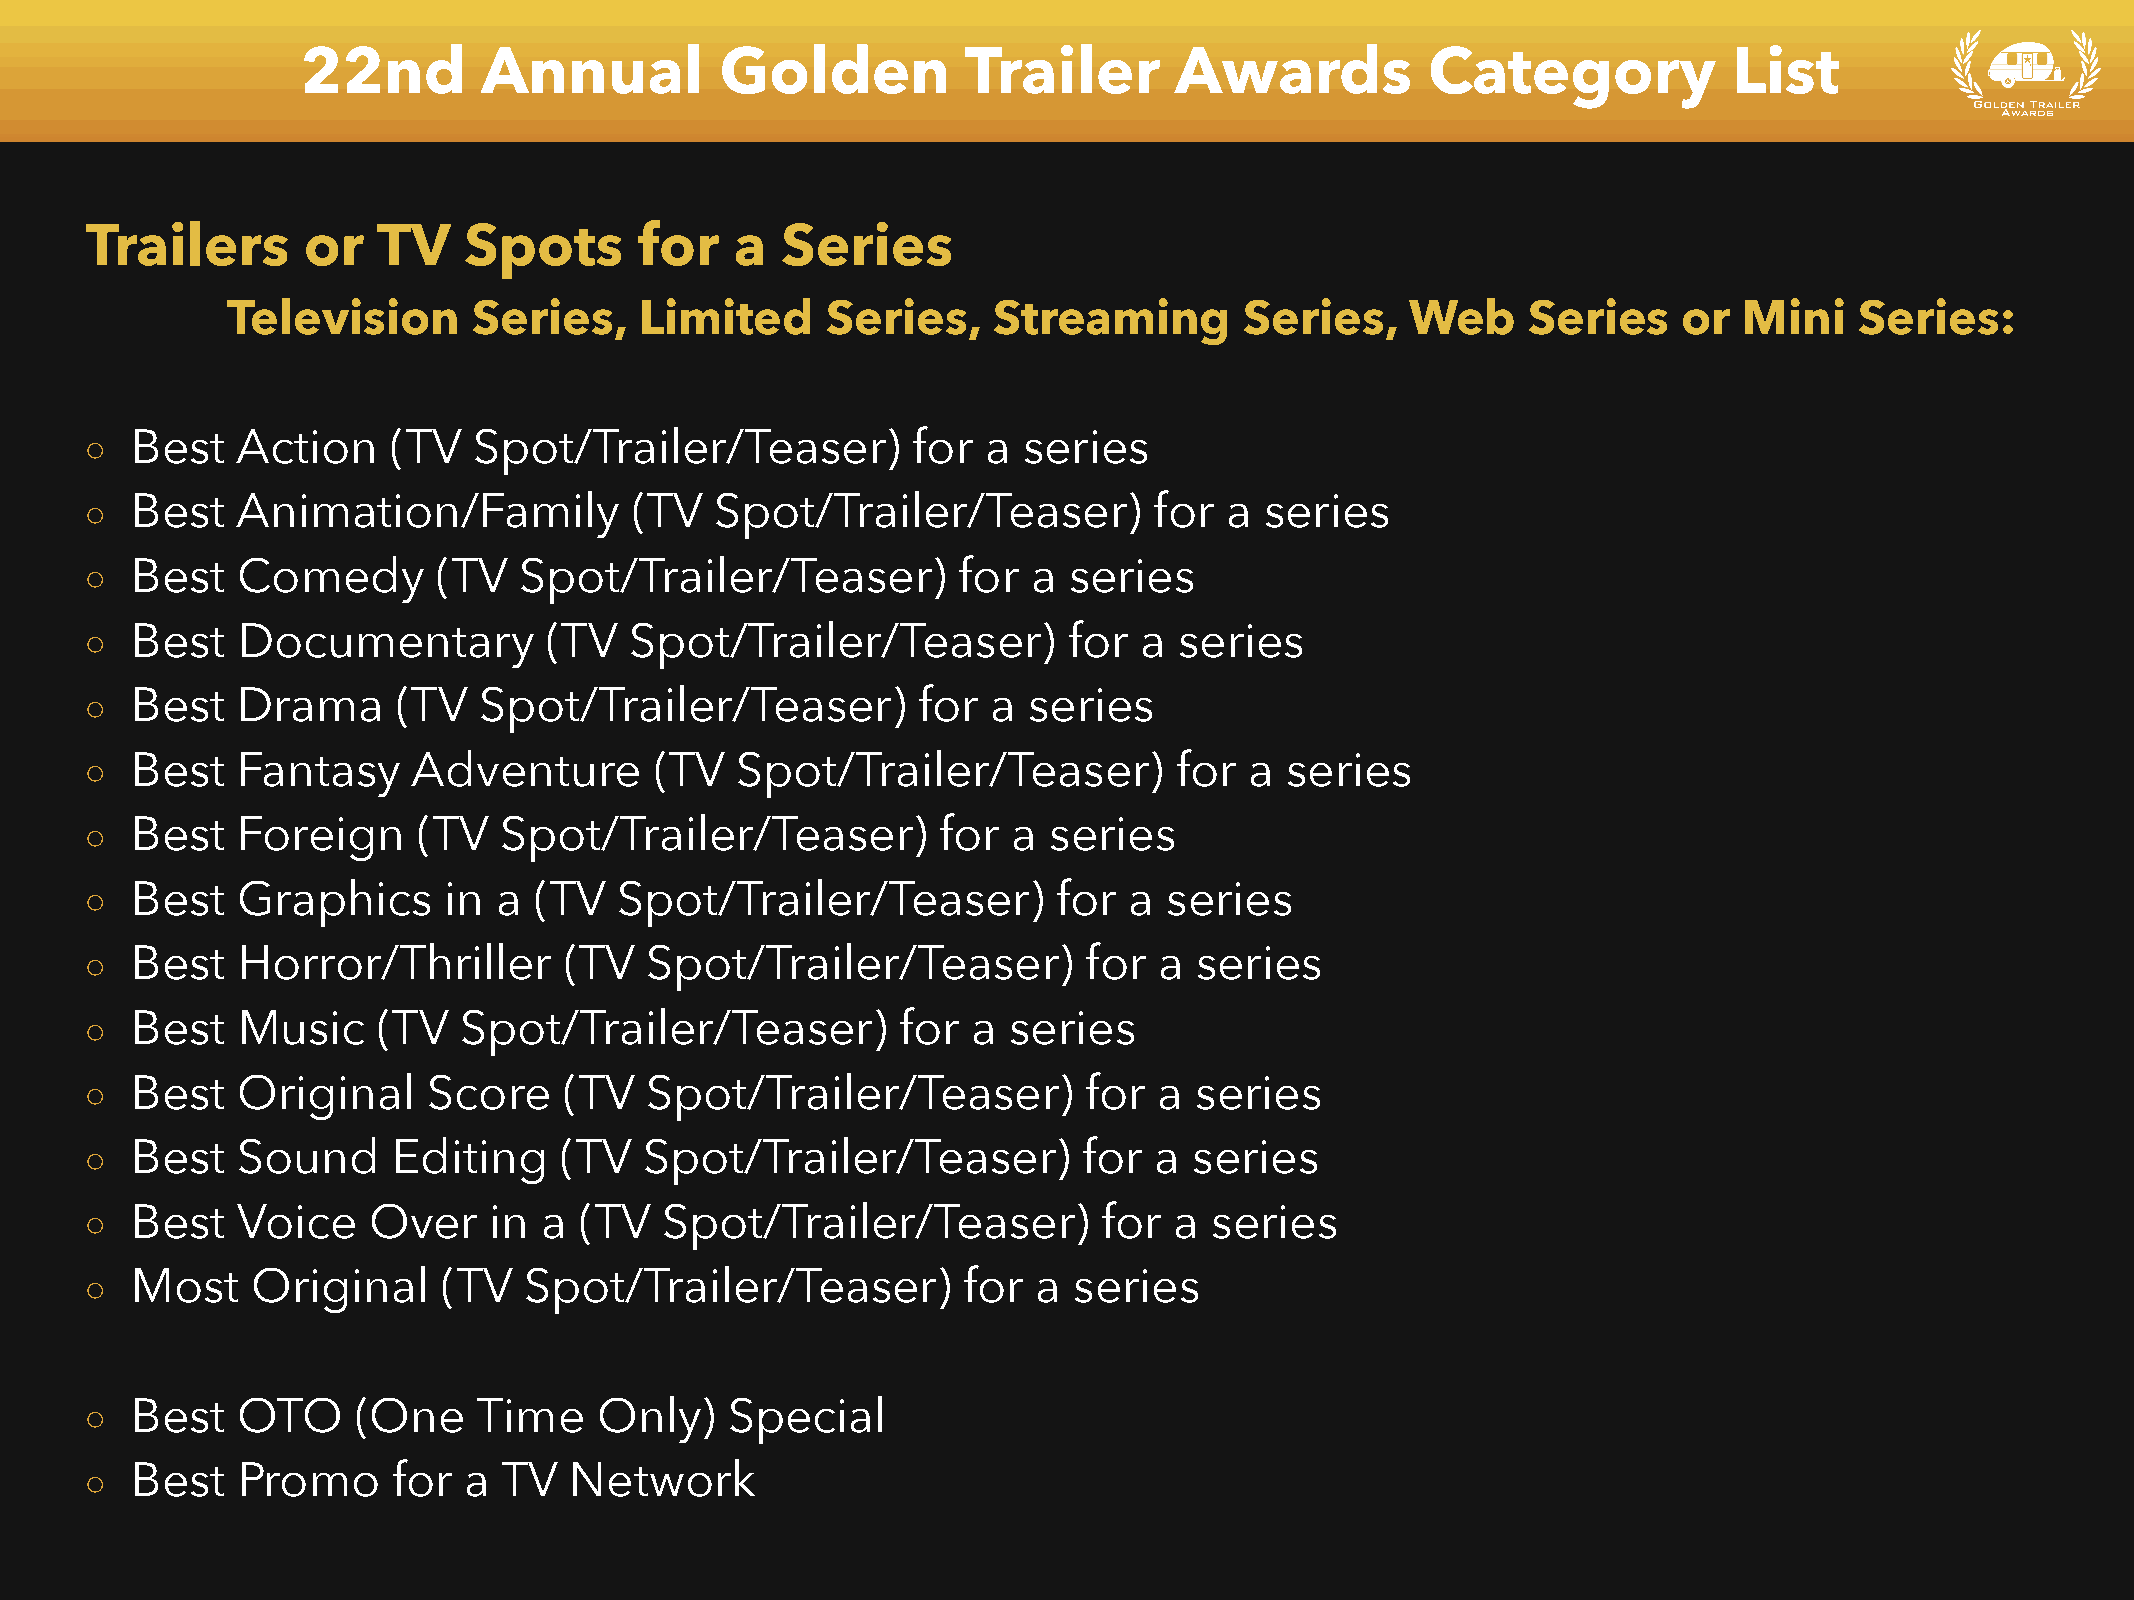
22nd        Annual          Golden          Trailer       Awards           Category            List
 Trailers      or   TV    Spots      for    a  Series
 Television      Series,    Limited      Series,    Streaming       Series,    Web     Series    or  Mini    Series:
 ◦  Best   Action    (TV  Spot/Trailer/Teaser)         for  a  series
 ◦  Best   Animation/Family          (TV  Spot/Trailer/Teaser)         for  a  series
 ◦  Best   Comedy       (TV  Spot/Trailer/Teaser)         for  a  series
 ◦  Best   Documentary         (TV   Spot/Trailer/Teaser)         for a  series
 ◦  Best   Drama     (TV   Spot/Trailer/Teaser)         for  a series
 ◦  Best   Fantasy    Adventure       (TV   Spot/Trailer/Teaser)         for  a series
 ◦  Best   Foreign     (TV  Spot/Trailer/Teaser)         for  a series
 ◦  Best   Graphics     in  a (TV   Spot/Trailer/Teaser)         for  a series
 ◦  Best   Horror/Thriller      (TV   Spot/Trailer/Teaser)         for  a series
 ◦  Best   Music    (TV  Spot/Trailer/Teaser)         for  a  series
 ◦  Best   Original    Score    (TV   Spot/Trailer/Teaser)         for  a series
 ◦  Best   Sound     Editing    (TV   Spot/Trailer/Teaser)         for a  series
 ◦  Best   Voice   Over    in  a (TV   Spot/Trailer/Teaser)         for  a series
 ◦  Most    Original    (TV   Spot/Trailer/Teaser)         for  a series
 ◦  Best   OTO     (One    Time    Only)   Special
 ◦  Best   Promo     for  a TV   Network